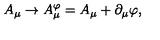
A _ { \mu } \to A _ { \mu } ^ { \varphi } = A _ { \mu } + \partial _ { \mu } \varphi ,